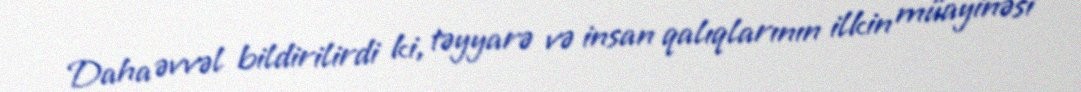
Daha əvvəl bildirilirdi ki, təyyarə və insan qalıqlarının ilkin müayinəsi